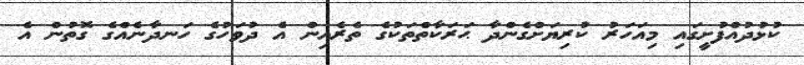
ކުޅުދުއްފުށީގައި މިއަހަރު ކުރިޔަށްގެންދާ ޙަރަކާތްތަކުގެ ތެރެއިން އެ ދުވަހުގެ ހަނދާނެއްގެ ގޮތުން އެ